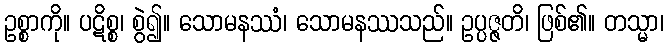
ဥစ္စာကို။ ပဋိစ္စ၊ စွဲ၍။ သောမနဿံ၊ သောမနဿသည်။ ဥပ္ပဇ္ဇတိ၊ ဖြစ်၏။ တသ္မာ၊